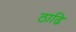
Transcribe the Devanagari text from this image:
ठाढि